Annual vaccination report of Bihar and Orissa - 1911-1928
Year: 1911
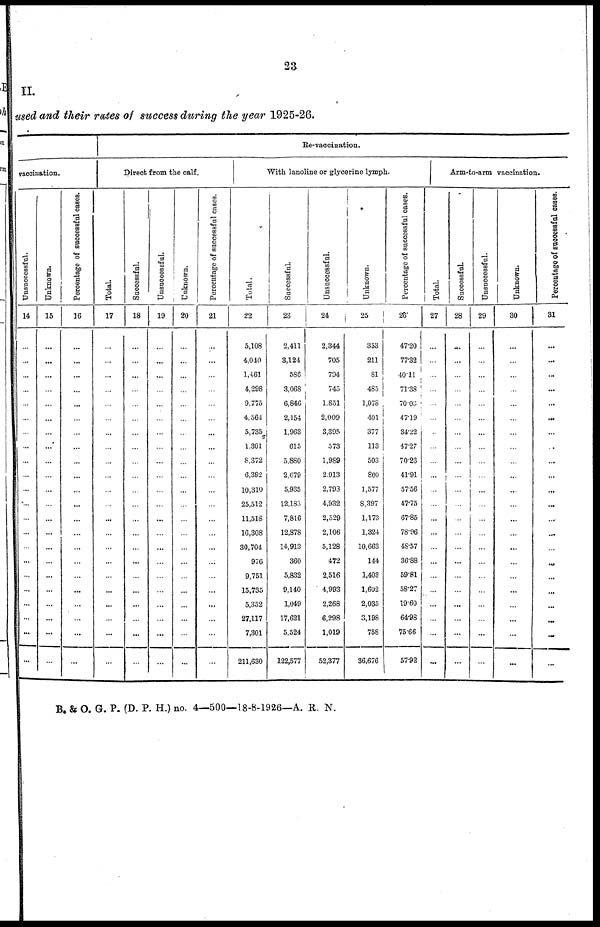
23
II.
used and their rates of success during the year 1925-26.
vaccination.
Unsuccessful.
14
...
...
...
...
...
...
...
...
...
...
...
...
...
...
...
...
...
...
...
...
...
...
Unknown.
15
...
...
...
...
...
...
...
...
...
...
...
...
...
...
...
...
...
...
...
...
...
...
Percentage of successful cases.
16
...
...
...
...
...
...
...
...
...
...
...
...
...
...
...
...
...
...
...
...
...
...
Re-vaccination.
Direct from the calf.
Total.
17
...
...
...
...
...
...
...
...
...
...
...
...
...
...
...
...
...
...
...
...
...
...
Successful.
18
...
...
...
...
...
...
...
...
...
...
...
...
...
...
...
...
...
...
...
...
...
...
Unsuccessful.
19
...
...
...
...
...
...
...
...
...
...
...
...
...
...
...
...
...
...
...
...
...
...
Unknown.
20
...
...
...
...
...
...
...
...
...
...
...
...
...
...
...
...
...
...
...
...
...
...
Percentage of successful cases.
21
...
...
...
...
...
...
...
...
...
...
...
...
...
...
...
...
...
...
...
...
...
...
With lanoline or glycerine lymph.
Total.
22
5,108
4,040
1,461
4,298
9,775
4,564
5,735
1,301
8,372
6,392
10,310
25,512
11,518
16,308
30,704
976
9,751
15,735
5,352
27,117
7,301
211,630
Successful.
23
2,411
3,124
586
3,068
6,846
2,154
1,963
615
5,880
2,679
5,935
12,183
7,816
12,878
14,913
360
5,832
9,140
1,049
17,621
5,524
122,577
Unsuccessful.
24
2,344
705
794
745
1,851
2,009
3,395
573
1,989
2,913
2,793
4,932
2,529
2,106
5,128
472
2,516
4,993
2,268
6,298
1,019
52,377
Unknown.
25
353
211
81
485
1,078
401
377
113
503
800
1,577
8,397
1,173
1,324
10,663
144
1,403
1,602
2,035
3,198
758
36,676
Percentage of successful cases.
26
47.20
77.32
40.11
71.38
70.03
47.19
34.22
47.27
70.23
41.91
57.56
47.75
67.85
78.96
48.57
36.88
59.81
58.27
19.60
64.98
75.66
57.92
Arm-to-arm vaccination.
Total.
27
...
...
...
...
...
...
...
...
...
...
...
...
...
...
...
...
...
...
...
...
...
...
Successful.
28
...
...
...
...
...
...
...
...
...
...
...
...
...
...
...
...
...
...
...
...
...
...
Unsuccessful.
29
...
...
...
...
...
...
...
...
...
...
...
...
...
...
...
...
...
...
...
...
...
...
Unknown.
30
...
...
...
...
...
...
...
...
...
...
...
...
...
...
...
...
...
...
...
...
...
...
Percentage of successful cases.
31
...
...
...
...
...
...
...
...
...
...
...
...
...
...
...
...
...
...
...
...
...
...
B. & O. G. P. (D. P. H.) no. 4—500—18-8-1926—A. R. N.